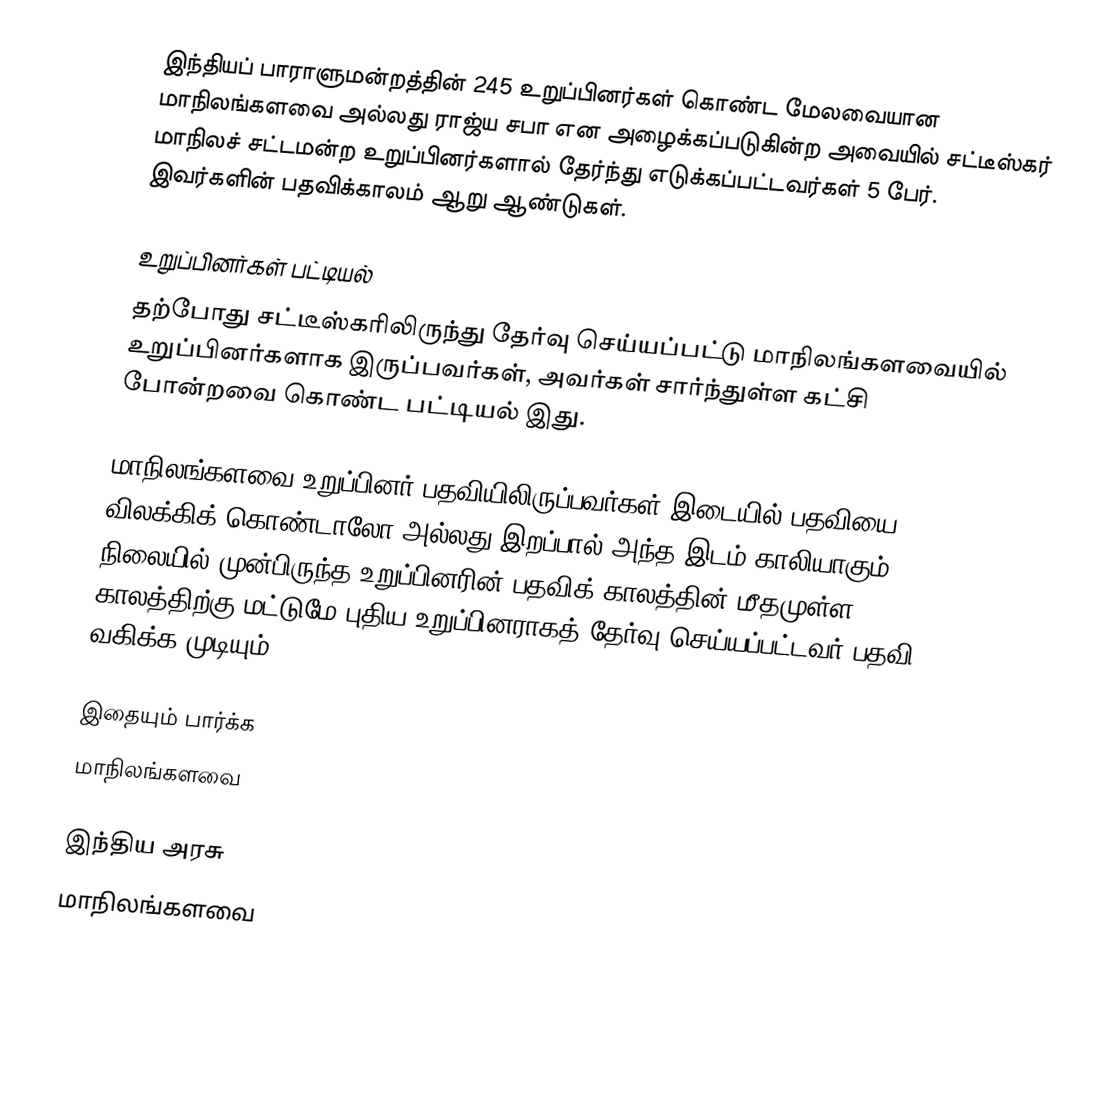
இந்தியப் பாராளுமன்றத்தின் 245 உறுப்பினர்கள் கொண்ட மேலவையான மாநிலங்களவை அல்லது ராஜ்ய சபா  என அழைக்கப்படுகின்ற அவையில் சட்டீஸ்கர் மாநிலச் சட்டமன்ற உறுப்பினர்களால் தேர்ந்து எடுக்கப்பட்டவர்கள் 5 பேர். இவர்களின் பதவிக்காலம் ஆறு ஆண்டுகள்.

உறுப்பினர்கள் பட்டியல்
தற்போது சட்டீஸ்கரிலிருந்து தேர்வு செய்யப்பட்டு மாநிலங்களவையில் உறுப்பினர்களாக இருப்பவர்கள், அவர்கள் சார்ந்துள்ள கட்சி போன்றவை கொண்ட பட்டியல் இது.

 மாநிலங்களவை உறுப்பினர் பதவியிலிருப்பவர்கள் இடையில் பதவியை விலக்கிக் கொண்டாலோ அல்லது இறப்பால் அந்த இடம் காலியாகும் நிலையில் முன்பிருந்த உறுப்பினரின் பதவிக் காலத்தின் மீதமுள்ள காலத்திற்கு மட்டுமே புதிய உறுப்பினராகத் தேர்வு செய்யப்பட்டவர் பதவி வகிக்க முடியும்.

இதையும் பார்க்க
மாநிலங்களவை

இந்திய அரசு
மாநிலங்களவை